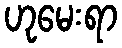
ဟုမေးရာ